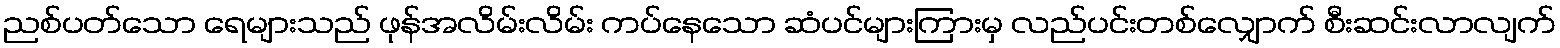
ညစ်ပတ်သော ရေများသည် ဖုန်အလိမ်းလိမ်း ကပ်နေသော ဆံပင်များကြားမှ လည်ပင်းတစ်လျှောက် စီးဆင်းလာလျက်